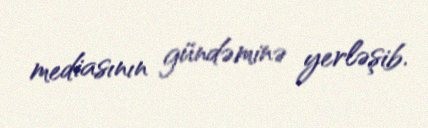
mediasının gündəminə yerləşib.